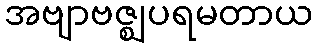
အဗျာဗဇ္ဈပရမတာယ